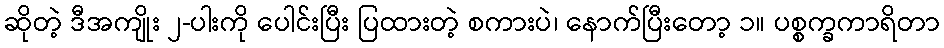
ဆိုတဲ့ ဒီအကျိုး ၂-ပါးကို ပေါင်းပြီး ပြထားတဲ့ စကားပဲ၊ နောက်ပြီးတော့ ၁။ ပစ္စက္ခကာရိတာ